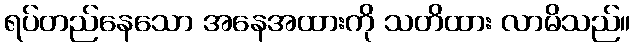
ရပ်တည်နေသော အနေအထားကို သတိထား လာမိသည်။